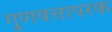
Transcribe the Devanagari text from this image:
गुणवत्तापरक